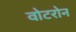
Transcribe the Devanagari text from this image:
वोटरोन